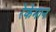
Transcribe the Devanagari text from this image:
रेकेमान